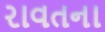
રાવતના